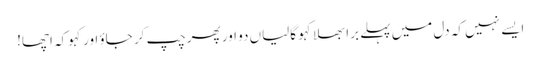
ایسے نہیں کہ دل میں پہلے برا بھلا کہو گالیاں دو اور پھر چپ کر جاؤ اور کہوکہ اچھا!